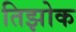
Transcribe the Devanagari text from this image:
तिझोक